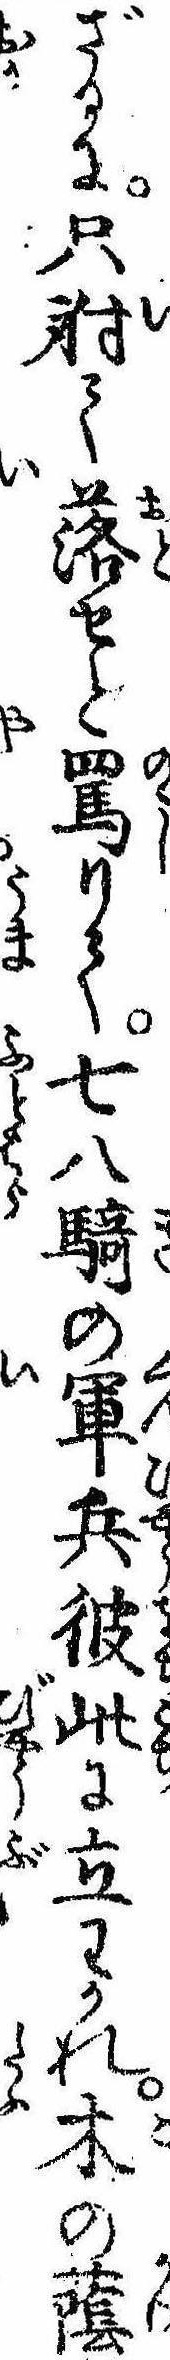
ざるに只射て落せと罵りて七八騎の軍兵彼此に立わかれ木の蔭